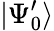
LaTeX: |\Psi_{0}^{\prime}\rangle